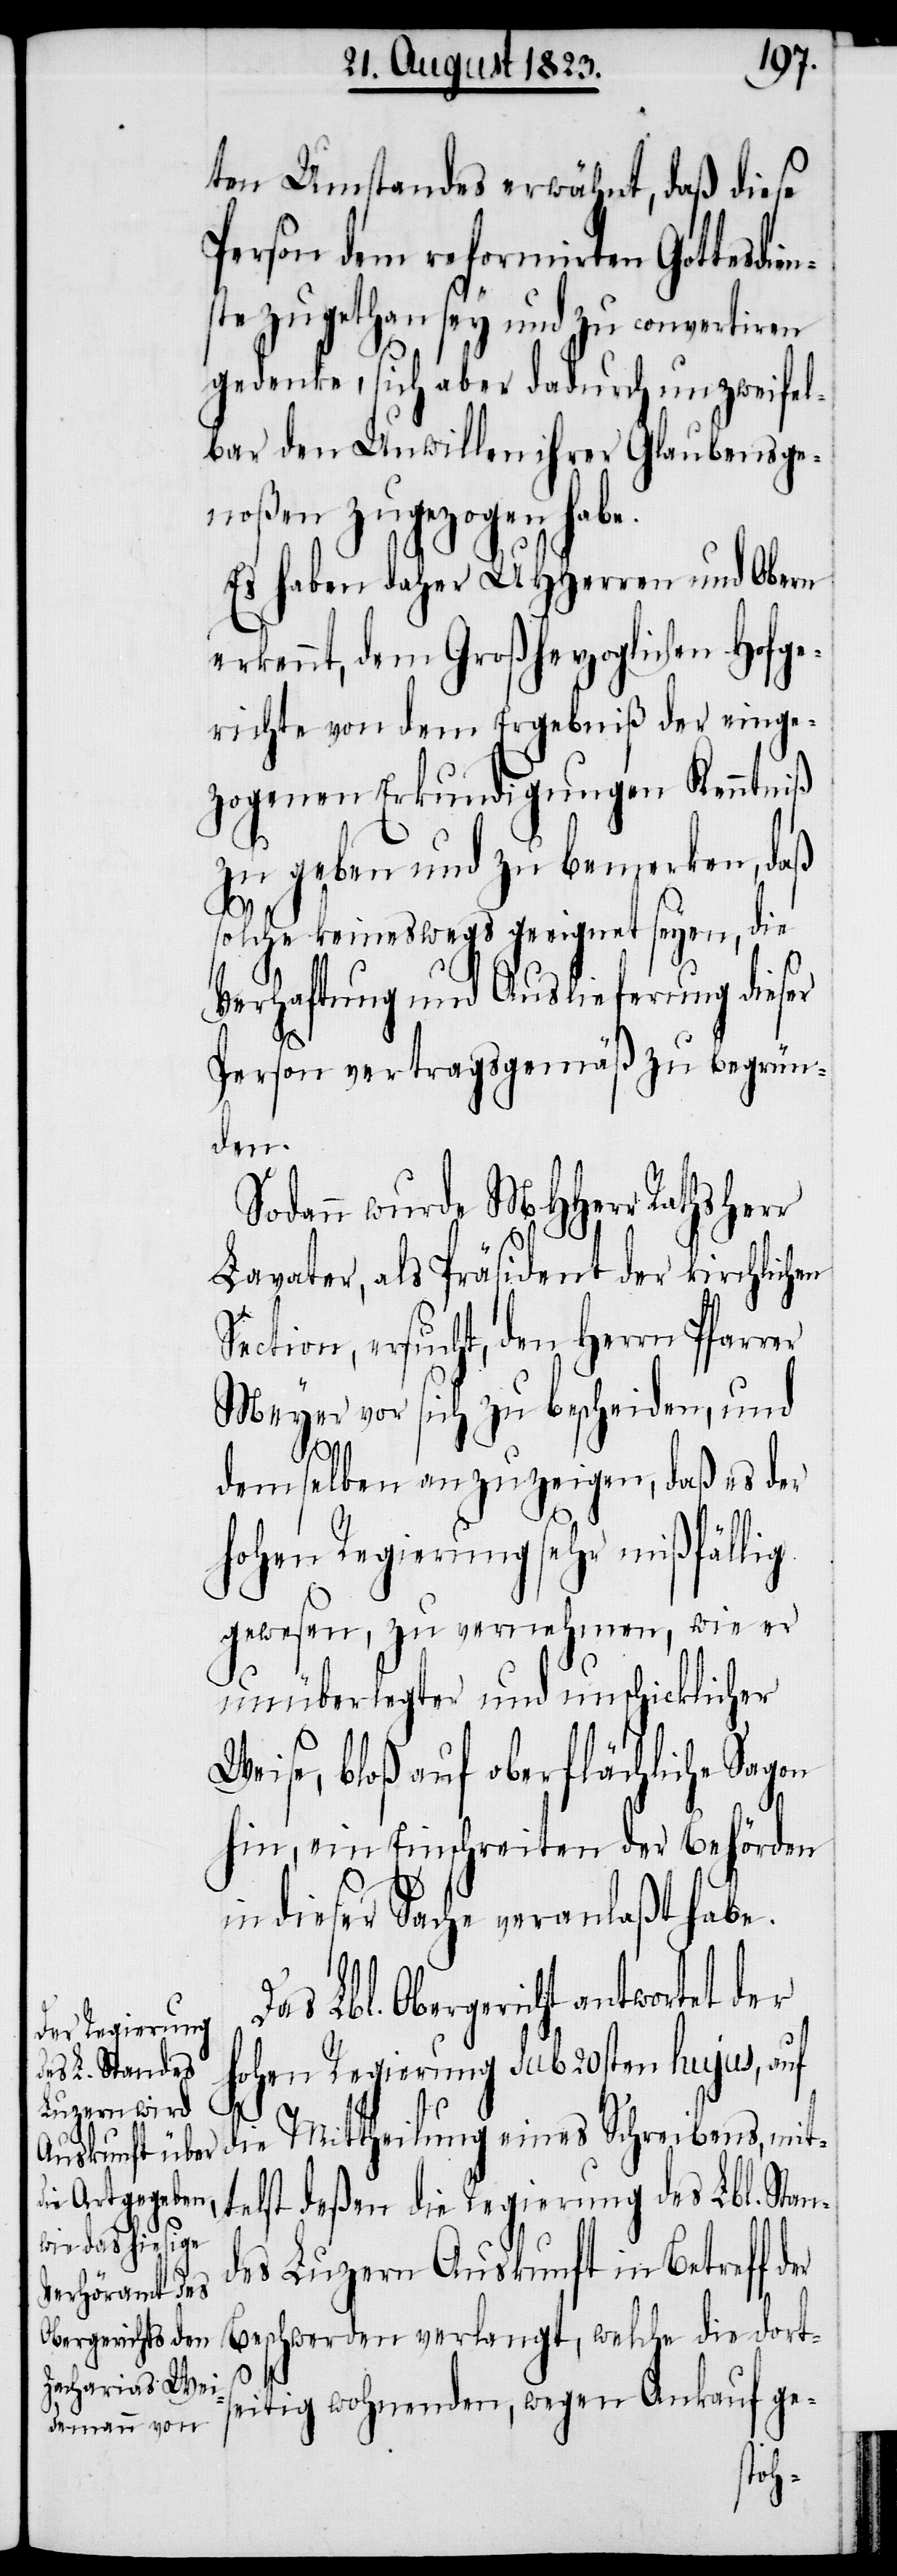
ten Umstandes erwähnt, daß diese
Person dem reformirten Gottesdien¬
ste zugethan sey und zu convertiren
gedenke, sich aber dadurch unzweifel¬
bar den Unwillen ihrer Glaubensge¬
noßen zugezogen habe.
Es haben daher UHHerren und Obern
erkennt, dem Großherzoglichen Hofge¬
richte von dem Ergebniß der einge¬
zogenen Erkundigungen Kenntniß
zu geben und zu bemerken, daß
solche keineswegs geeignet seyen, die
Verhaftung und Auslieferung dieser
Person vertragsgemäß zu begrün¬
den.
Sodann wurde MHHerr Rathsherr
Lavater, als Präsident der kirchlichen
Section, ersucht, den Herrn Pfarrer
Meyer vor sich zu bescheiden, und
demselben anzuzeigen, daß es der
hohen Regierung sehr mißfällig
gewesen, zu vernehmen, wie er
unüberlegter und unschicklicher
Weise, bloß auf oberflächliche Sagen
hin, ein Einschreiten der Behörden
in dieser Sache veranlaßt habe.
Lbl. Obergericht antwortet der
hohen Regierung sub 20sten hujus, auf
die Mittheilung eines Schreibens, mit¬
telst deßen die Regierung des Lbl. Stan¬
des Luzern Auskunft in Betreff der
Beschwerden verlangt, welche die dort¬
seitig wohnenden, wegen Ankauf ge-